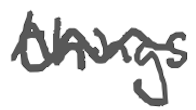
Text: things
Cross-out: wave
Writing tool: digital_gray